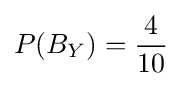
P(B_{Y})={4 \over 10}